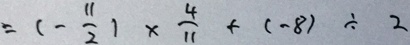
= ( - \frac { 1 1 } { 2 } ) \times \frac { 4 } { 1 1 } + ( - 8 ) \div 2